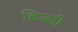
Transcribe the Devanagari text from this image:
बिज्ली